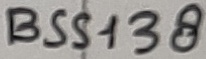
Text: BSS138